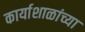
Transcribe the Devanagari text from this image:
कार्याशाळांच्या